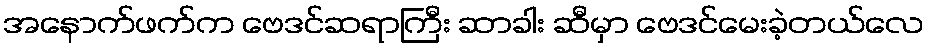
အနောက်ဖက်က ဗေဒင်ဆရာကြီး ဆာခါး ဆီမှာ ဗေဒင်မေးခဲ့တယ်လေ